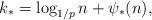
LaTeX: \begin{align*} k_* = \log_{1/p} n + \psi_*(n),\end{align*}